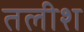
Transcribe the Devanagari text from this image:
तलीश